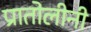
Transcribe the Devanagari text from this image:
प्रातोलीनी